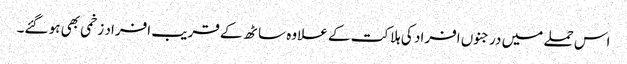
اس حملے میں درجنوں افراد کی ہلاکت کے علاوہ ساٹھ کے قریب افراد زخمی بھی ہو گئے۔